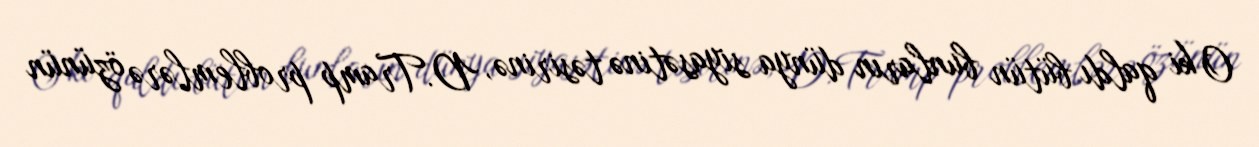
O ki qaldı bütün bunların dünya siyasətinə təsirinə, D.Tramp problemlərə özünün